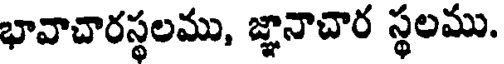
భావాచారస్థలము, జ్ఞానాచార స్థలము.